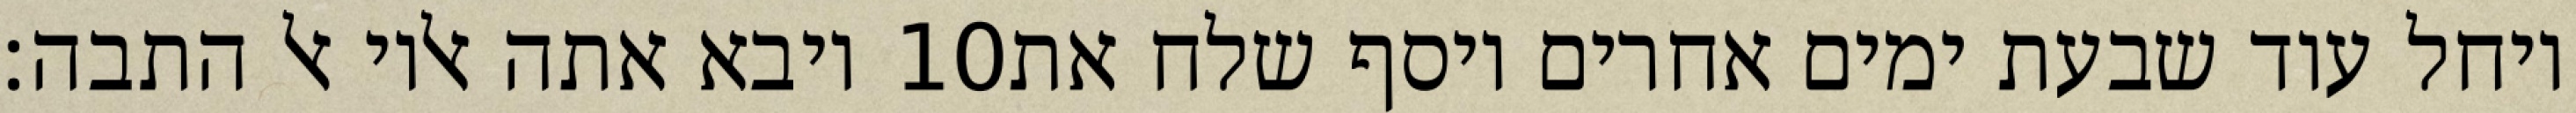
ויבא אתה אליו אל התבה׃ ‎10‏ ויחל עוד שבעת ימים אחרים ויסף שלח את